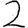
Digit: 2